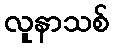
လူနာသစ်